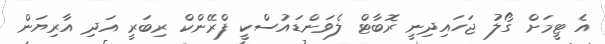
އެ ޓީމަށް ގޯލު ޖަހައިދިނީ ރޮބާޓް ލެވަންޑައުސްކީ ފްރޭންކް ރިބަރީ އަދި އާރިޔަން